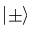
| \pm \rangle